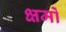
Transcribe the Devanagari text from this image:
क्षमों